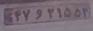
۴۷و۲۱۵۵۳